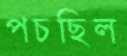
পচছিল